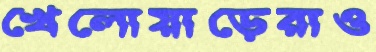
খেলোয়াড়েরাও